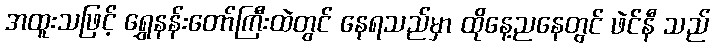
အထူးသဖြင့် ရွှေနန်းတော်ကြီးထဲတွင် နေရသည်မှာ ထိုနေ့ညနေတွင် ဖဲင်နီ သည်